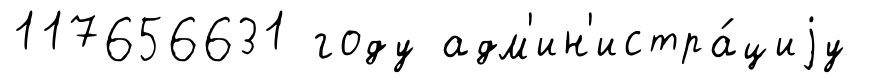
117656631 году адм'ин'истра́циjу